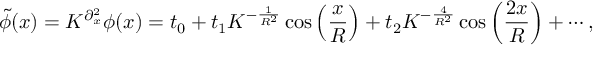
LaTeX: \widetilde \phi ( x ) = K ^ { \partial _ { x } ^ { 2 } } \phi ( x ) = t _ { 0 } + t _ { 1 } K ^ { - \frac { 1 } { { R ^ { 2 } } } } \cos \left( { \frac { x } { R } } \right) + t _ { 2 } K ^ { - \frac { 4 } { { R ^ { 2 } } } } \cos \left( { \frac { { 2 x } } { R } } \right) + \cdots ,